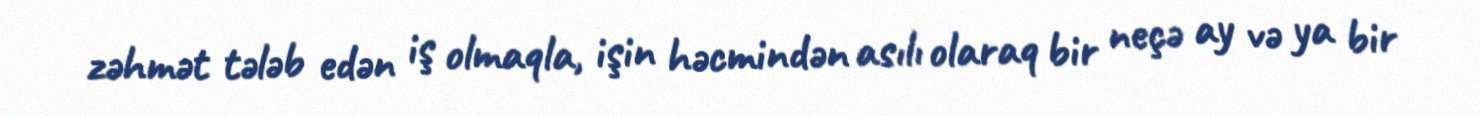
zəhmət tələb edən iş olmaqla, işin həcmindən asılı olaraq bir neçə ay və ya bir